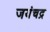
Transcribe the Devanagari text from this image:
जयंचद्र